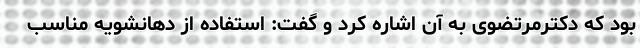
بود که دکترمرتضوی به آن اشاره کرد و گفت: استفاده از دهانشویه مناسب